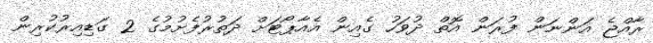
ރާއްޖެ އަންނަން ފުރަން އޮތް ދުވަހު ގެއިން އެއާޕޯޓަށް ދަތުރުފެށުމުގެ 2 ގަޑިއިރުކުރިން